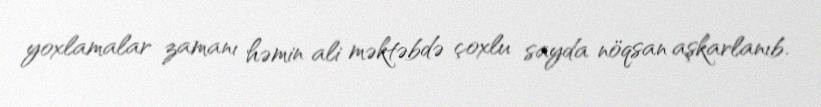
yoxlamalar zamanı həmin ali məktəbdə çoxlu sayda nöqsan aşkarlanıb.